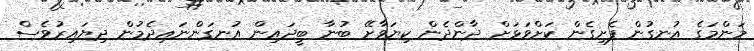
މަންމަގެ އުނގުން ފެށިގެން ކަށްވަޅަށް ދާންދެން ކިޔަވާށޭ ބުނާ ބީދައިން އުނގަންނައިދެމުން ދިޔައިރުވެސް